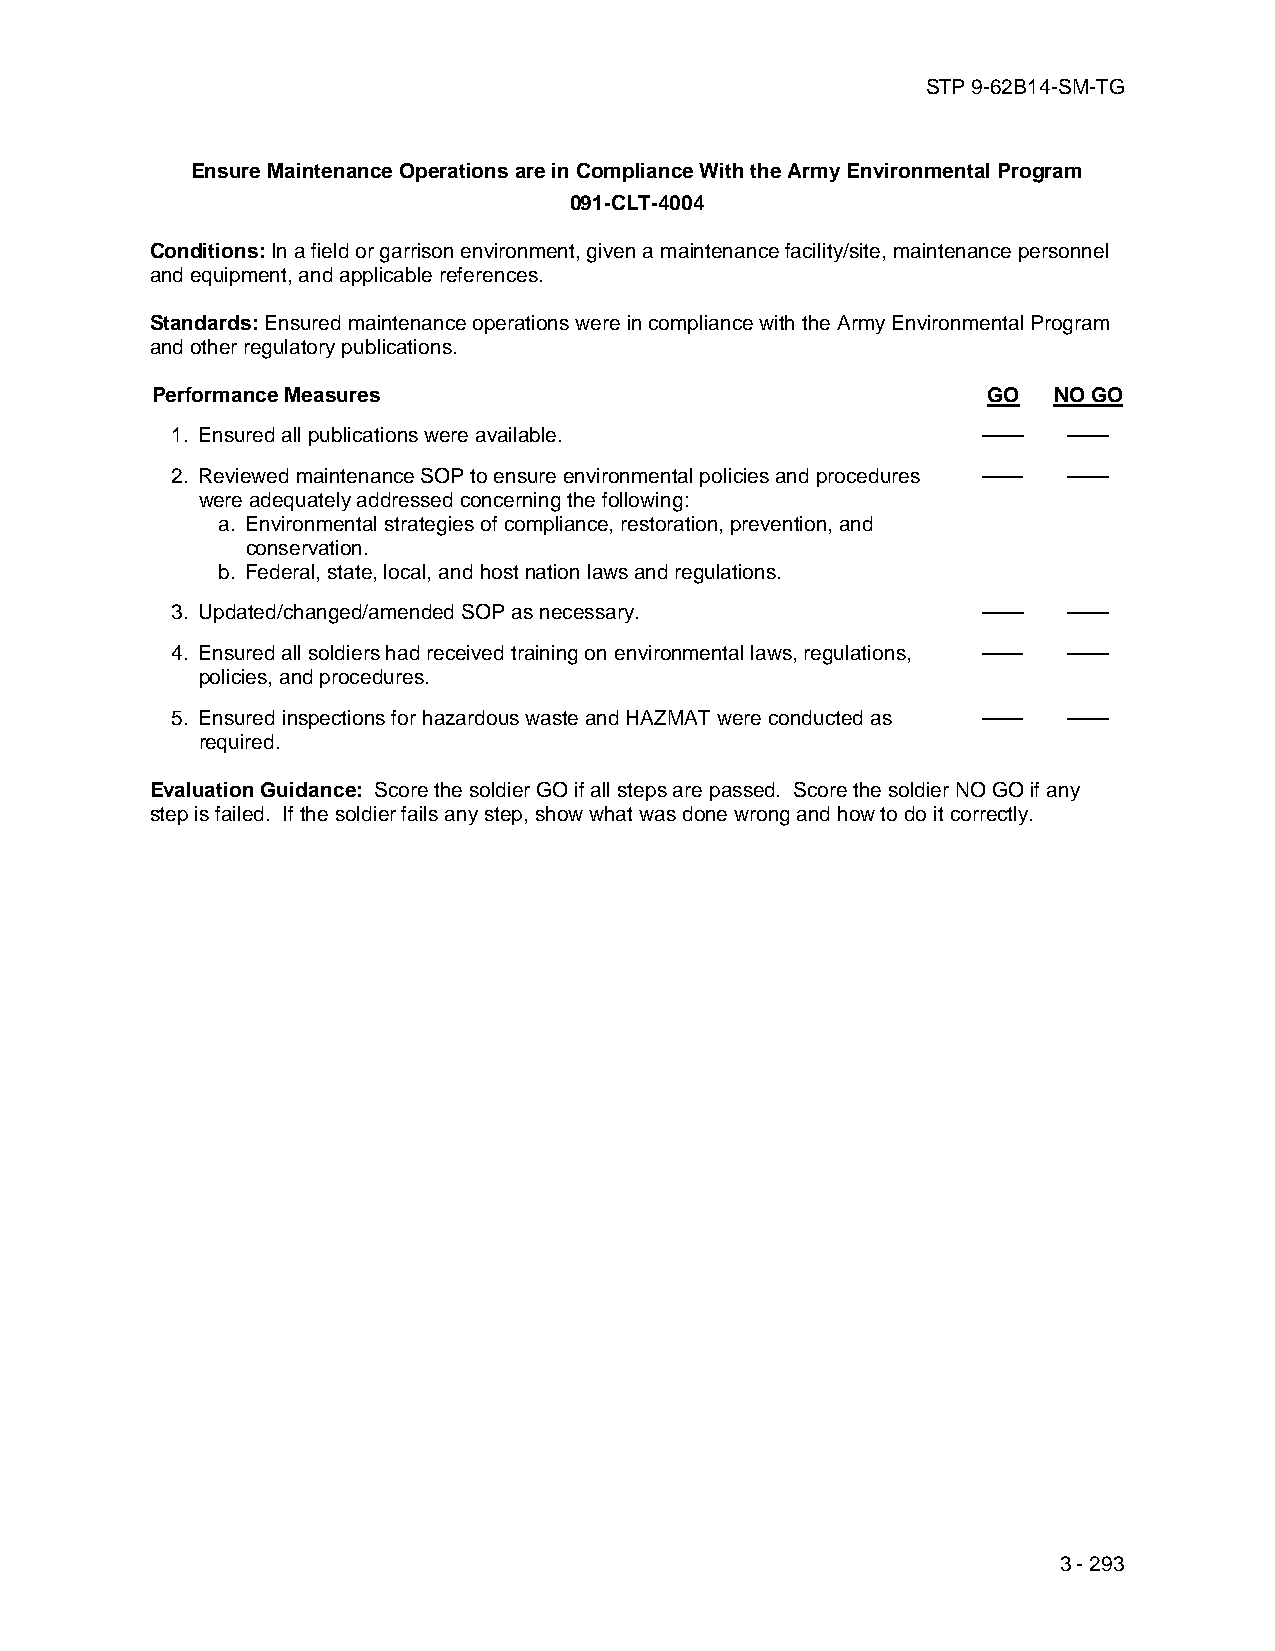
STP 9-62B14-SM-TG
 Ensure Maintenance Operations are in Compliance With the Army Environmental Program
 091-CLT-4004
 Conditions: In a field or garrison environment, given a maintenance facility/site, maintenance personnel
 and equipment, and applicable references.
 Standards: Ensured maintenance operations were in compliance with the Army Environmental Program
 and other regulatory publications.
 Performance Measures                                   GO   NO GO
 1. Ensured all publications were available.           ——    ——
 2. Reviewed maintenance SOP to ensure environmental policies and procedures —— ——
 were adequately addressed concerning the following:
 a. Environmental strategies of compliance, restoration, prevention, and
 conservation.
 b. Federal, state, local, and host nation laws and regulations.
 3. Updated/changed/amended SOP as necessary.          ——    ——
 4. Ensured all soldiers had received training on environmental laws, regulations, —— ——
 policies, and procedures.
 5. Ensured inspections for hazardous waste and HAZMAT were conducted as —— ——
 required.
 Evaluation Guidance: Score the soldier GO if all steps are passed. Score the soldier NO GO if any
 step is failed. If the soldier fails any step, show what was done wrong and how to do it correctly.
 3 - 293